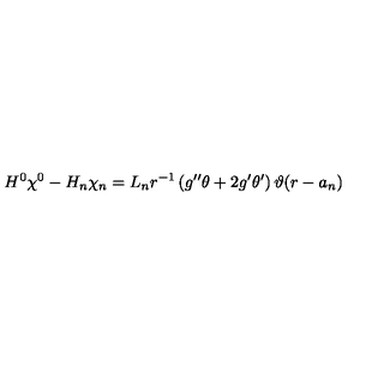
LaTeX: H ^ { 0 } \chi ^ { 0 } - H _ { n } \chi _ { n } = L _ { n } r ^ { - 1 } \left( g ^ { \prime \prime } \theta + 2 g ^ { \prime } \theta ^ { \prime } \right) \vartheta ( r - a _ { n } )